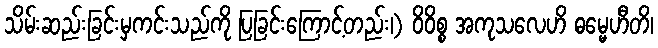
သိမ်းဆည်းခြင်းမှကင်းသည်ကို ပြခြင်းကြောင့်တည်း၊) ဝိဝိစ္စ အကုသလေဟိ ဓမ္မေဟီတိ၊